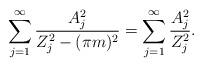
LaTeX: \begin{align*}\sum_{j=1}^\infty\frac{A_j^2}{Z_j^2-(\pi m)^2}=\sum_{j=1}^\infty\frac{A_j^2}{Z_j^2}.\end{align*}